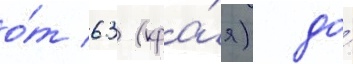
о́т 63 (кра́я) до́